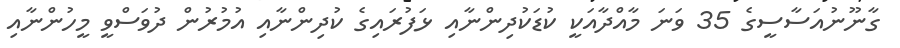
ގާނޫނުއަސާސީގެ 35 ވަނަ މާއްދާއަކީ ކުޑަކުދިންނާއި ޅަފުރައިގެ ކުދިންނާއި އުމުރުން ދުވަސްވީ މީހުންނާއި